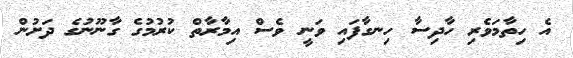
އެ ހިތާމަވެރި ހާދިސާ ހިނގާފައި ވަނީ ވެސް އިމާރާތް ކުރުމުގެ ގާނޫނުގެ ދަށުން